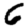
Digit: 6